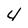
Character: 4